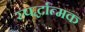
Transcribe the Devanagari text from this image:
स्पर्द्धात्मक